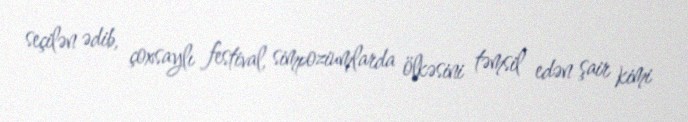
seçilən ədib, çoxsaylı festival, simpoziumlarda ölkəsini təmsil edən şair kimi